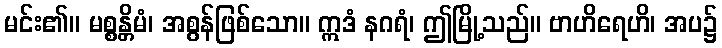
မင်း၏။ မစ္စန္တိမံ၊ အစွန်ဖြစ်သော။ ဣဒံ နဂရံ၊ ဤမြို့သည်။ ဗာဟိရေဟိ၊ အပ၌